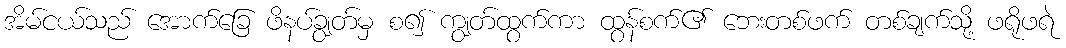
အိမ်ငယ်သည် အောက်ခြေ ဖိနပ်ချွတ်မှ စ၍ ကျွတ်ထွက်ကာ ထွန်စက်၏ ဘေးတစ်ဖက် တစ်ချက်သို့ ဖရိုဖရဲ